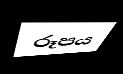
රූපය